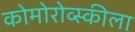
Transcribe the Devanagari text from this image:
कोमोरोव्स्कीला